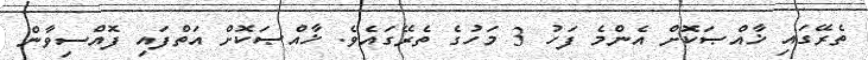
ތެރޭގައި ޚާއްޞަކޮށް އެންމެ ފަހު 3 މަހުގެ ތެރޭގައެވެ. ޚާއްޞަކޮށް އަތްފައި ފޮއްސިވާން